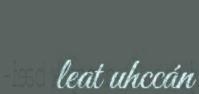
leat uhccán